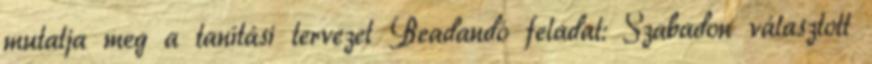
mutatja meg a tanítási tervezet Beadandó feladat: Szabadon választott